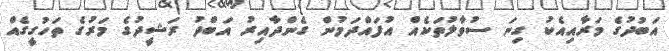
އަބުދުގެ މަރާއިއެކު ގިނަ ސުވާލުތަކެއް އުފައްދަމުން ގެންދާއިރު އަބްދު ރަޝީދުގެ މަރުގެ ތަހުގީގެއް